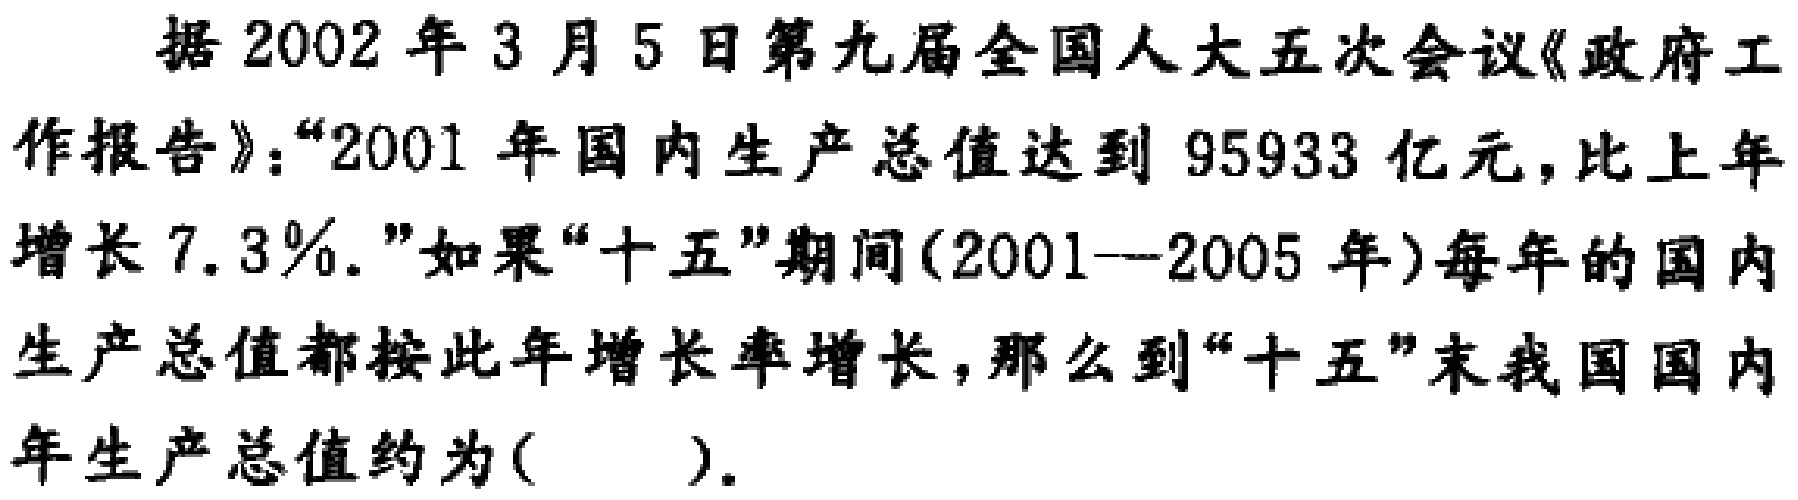
据2002年3月5日第九届全国人大五次会议《政府工作报告》：“2001年国内生产总值达到95933亿元，比上年增长7.3％.”如果“十五”期间(2001--2005年)每年的国内生产总值都按此年增长率增长，那么到“十五”末我国国内年生产总值约为(  ).